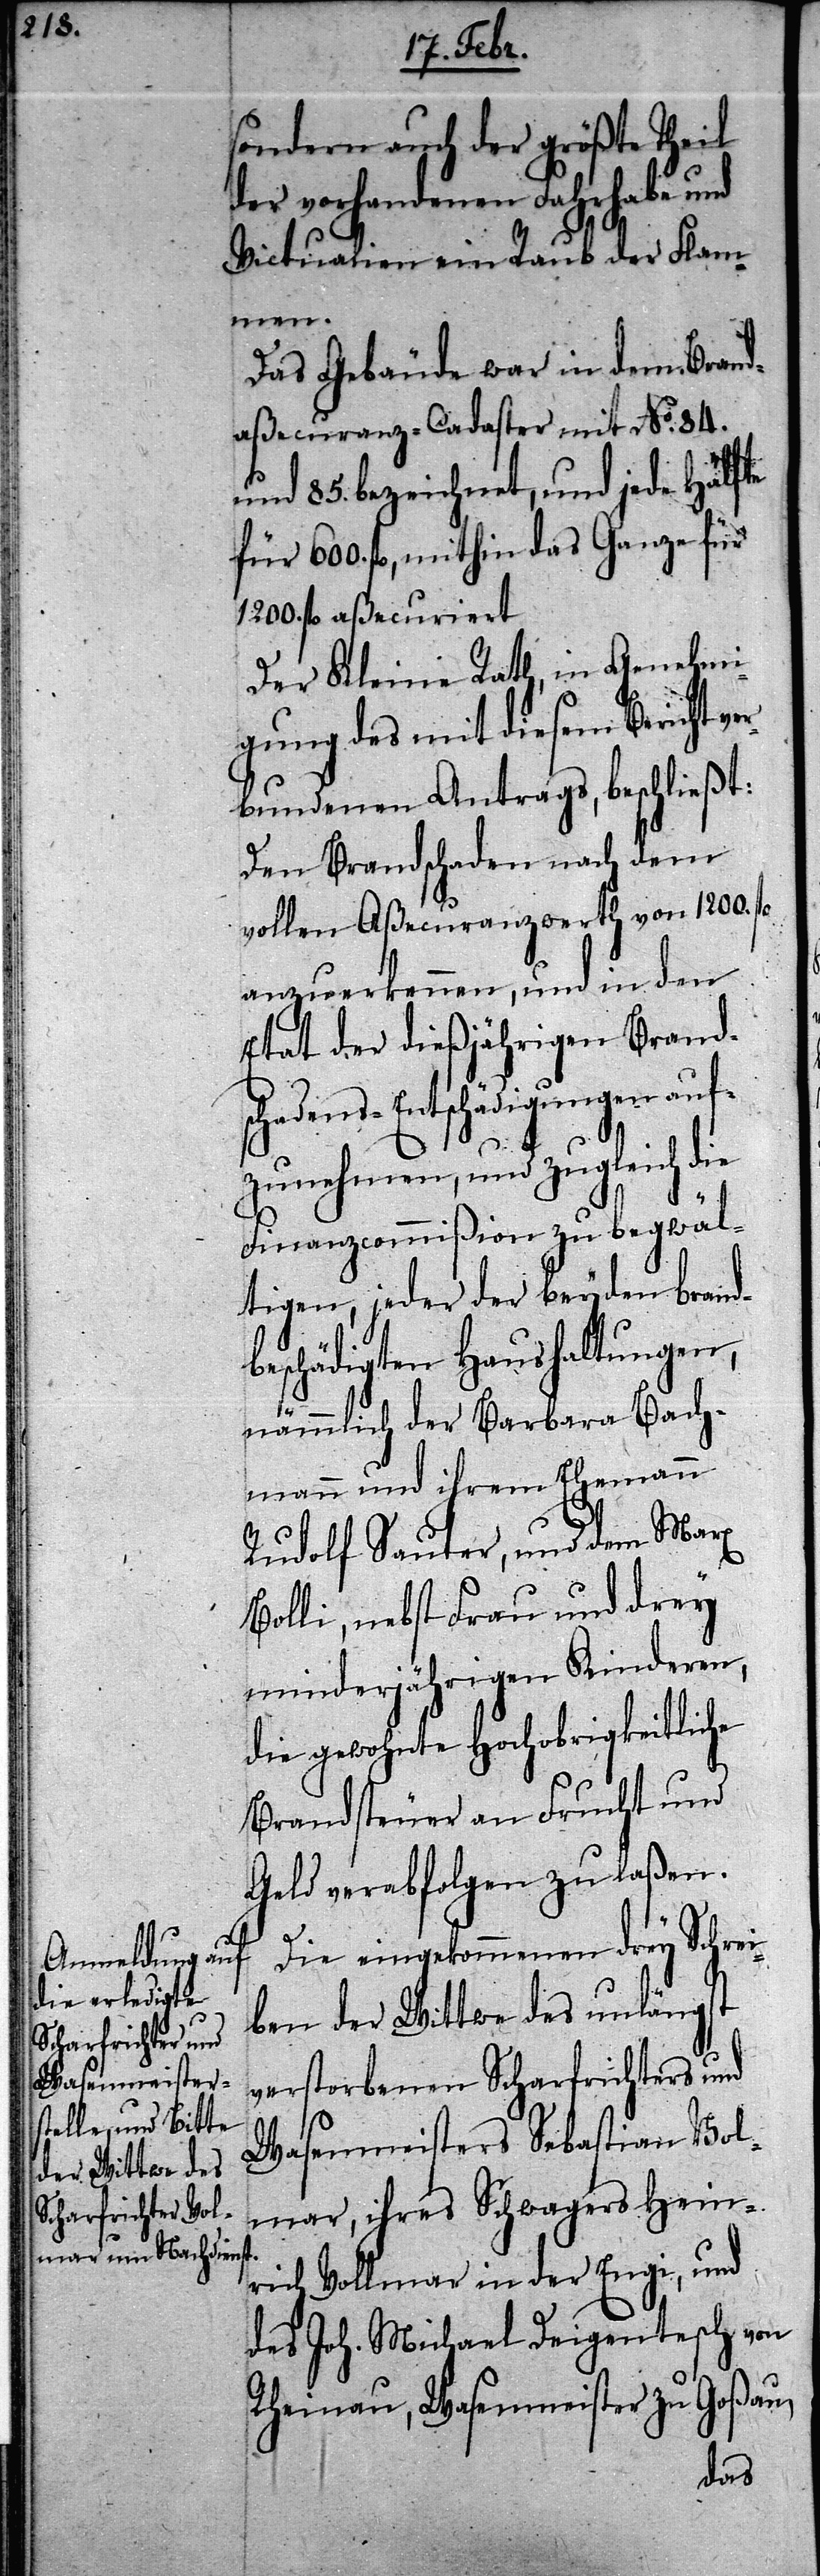
sondern auch der größte Theil
der vorhandenen Fahrhabe und
Victualien ein Raub der Flam¬
men.
Das Gebäude war in dem Brand¬
aßecuranz-Cadaster mit No. 84.
und 85. bezeichnet, und jede Hälfte
für 600. fl, mithin das Ganze für
1200. fl aßecuriert
Der Kleine Rath, in Genehmi¬
gung des mit diesem Bericht ve¬
rbundenen Antrags, beschließt:
Den Brandschaden nach dem
vollen Aßecuranzwerth von 1200. fl
anzuerkennen, und in den
Etat der dießjährigen Brand¬
schadens-Entschädigungen auf¬
zunehmen, und zugleich die
Finanzcommißion zu begwäl¬
tigen, jeder der beyden brand¬
beschädigten Haushaltungen,
nämmlich der Barbara Bach¬
mann und ihrem Ehemann
Rudolf Sauter, und dem Marx
Bolli, nebst Frau und drey
minderjährigen Kinderen,
die gewohnte Hochobrigkeitliche
Brandsteuer an Frucht und
Geld verabfolgen zu laßen.
Die eingekommenen drey Schrei¬
ben der Wittwe des unlängst
verstorbenen Scharfrichters und
Wasenmeisters Sebastian Vol¬
mar, ihres Schwagers Heinrich
des Joh. Michael Deigentesch von
Rheinau, Wasenmeister zu Goßau,